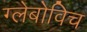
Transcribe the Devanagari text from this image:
ग्लेबोविच